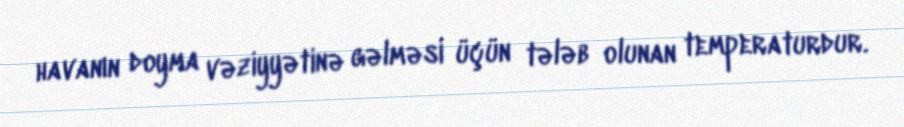
havanın doyma vəziyyətinə gəlməsi üçün tələb olunan temperaturdur.